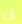
إن